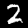
Digit: 2